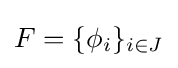
F=\{\phi _{i}\}_{i\in J}